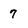
Character: 7